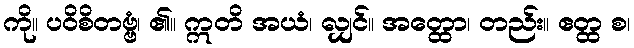
ကို။ ပဝိစိတဗ္ဗံ၊ ၏။ ဣတိ အယံ၊ လျှင်။ အတ္ထော၊ တည်း။ ဧတ္ထ စ၊